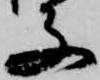
子